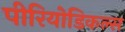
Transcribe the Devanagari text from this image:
पीरियोडिकल्स